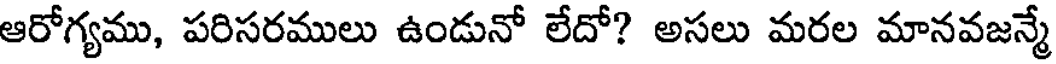
ఆరోగ్యము, పరిసరములు ఉండునో లేదో? అసలు మరల మానవజన్మే